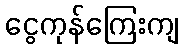
ငွေကုန်ကြေးကျ